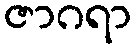
ဇာဂရာ